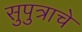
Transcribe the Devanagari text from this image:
सुपुत्राचे